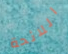
اللائحة